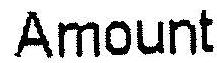
AMOUNT